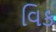
વિક